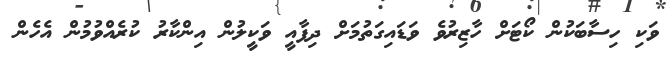
ވަކި ހިސާބަކުން ކޯޓަށް ހާޒިރުވެ ވަޑައިގަތުމަށް ދިފާއީ ވަކީލުން އިންކާރު ކުރެއްވުމުން އެހެން